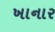
ખાનાર